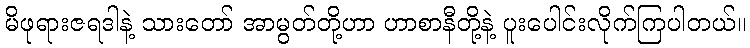
မိဖုရားဇရဒါနဲ့ သားတော် အာမွတ်တို့ဟာ ဟာစာနီတို့နဲ့ ပူးပေါင်းလိုက်ကြပါတယ်။